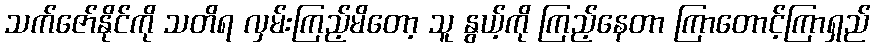
သက်ဇော်နိုင်ကို သတိရ လှမ်းကြည့်မိတော့ သူ နွယ့်ကို ကြည့်နေတာ ကြာတောင့်ကြာရှည်